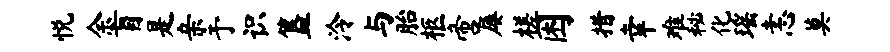
悦余盲是亲予识簋泠与胎柩啻屡槎困措幸难秘化瑶恚莫